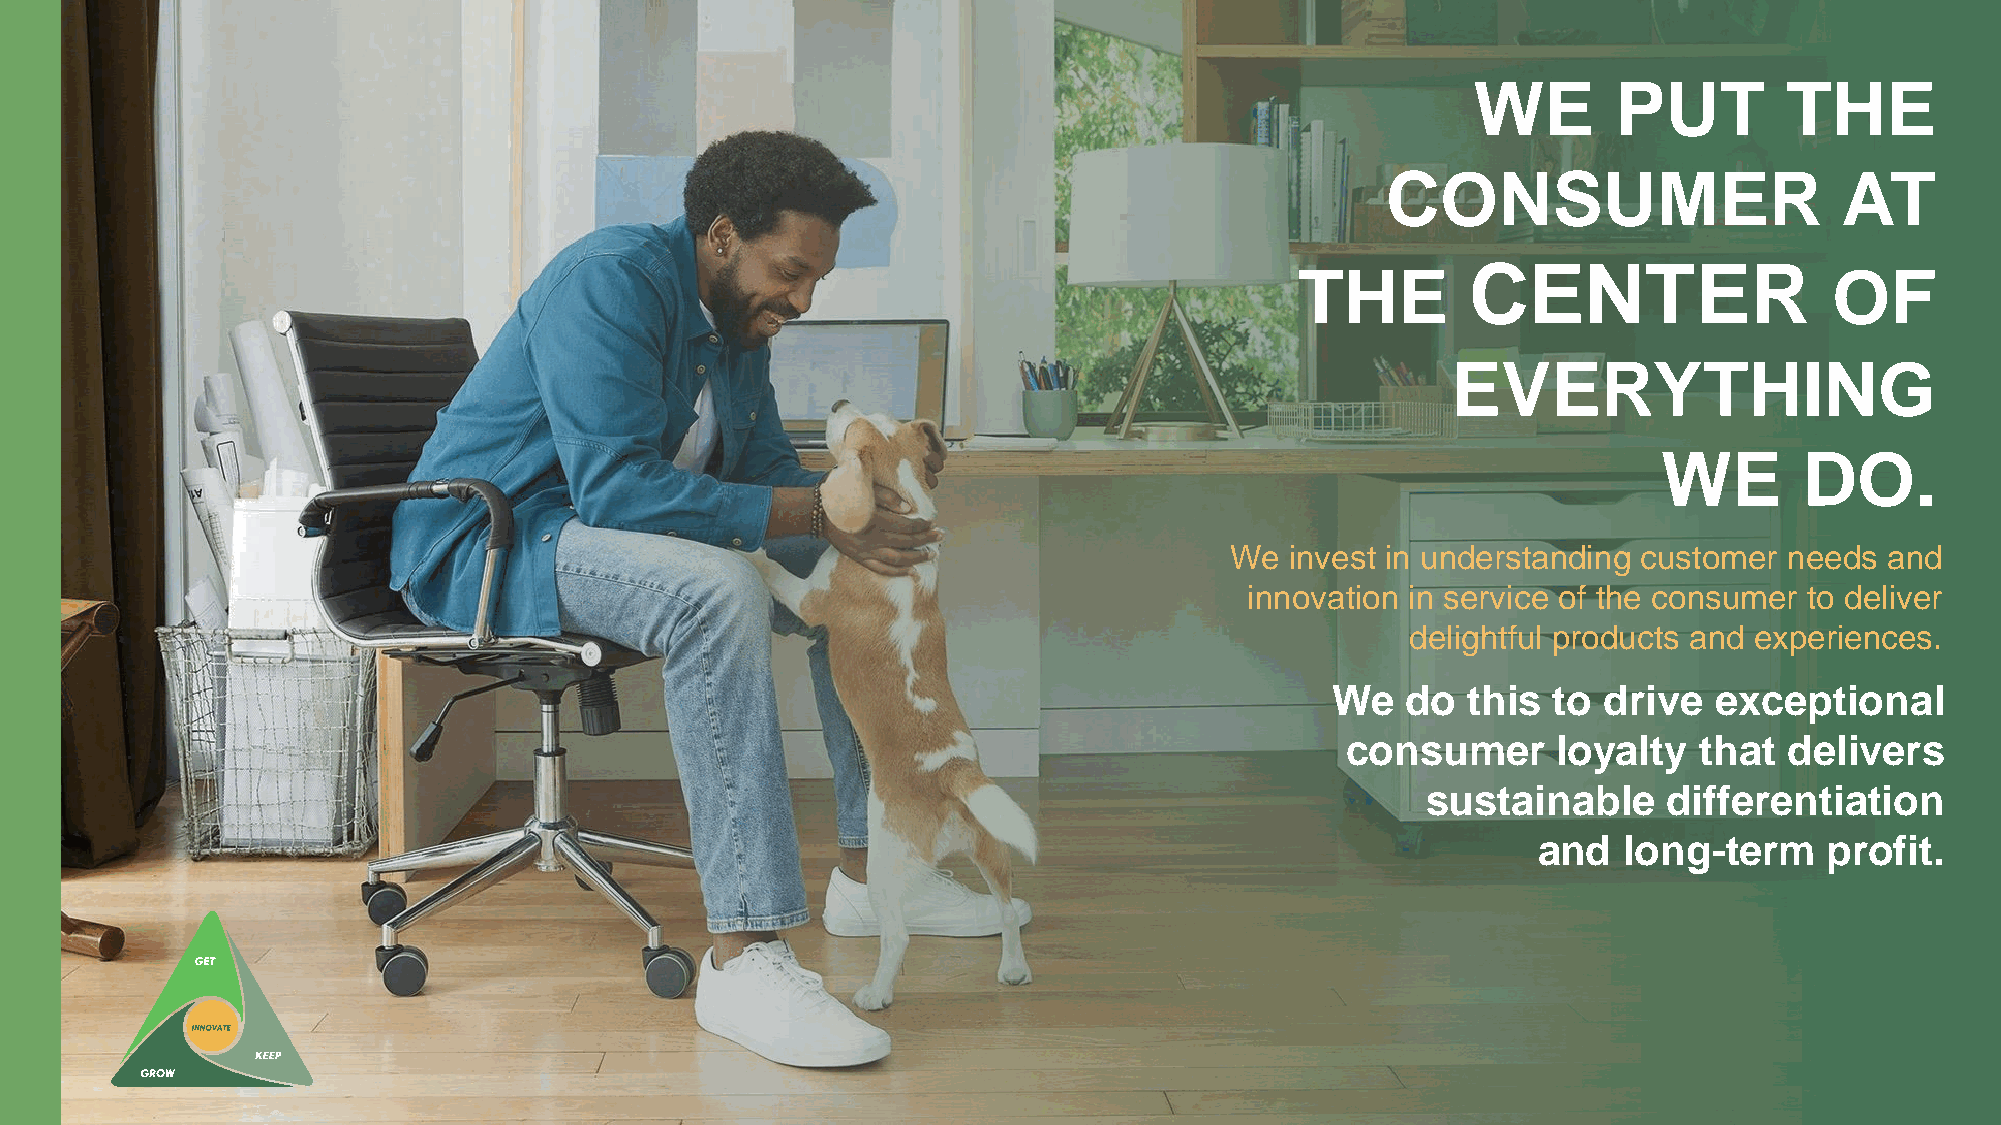
WE        PUT        THE
 CONSUMER                      AT
 CENTER
 THE                                OF
 We  invest in undersEtanVdinEg cRustYomTer HneeIdNs G
 and innovate   in service of the consumer   to
 deliver delightful products and  exWperiEenc eDs. O.
 We   do   this   to  drive    exceptional
 We  invest in understanding customer needs  and
 consumer        loyalty     that   delivers
 innovation in service of the consumer to deliver
 sustainable       ddeliifgfhetfurle pnrodtiuacttsi aonnd experiences.
 and   longW-tee  rdmo tphriso tfoit .drive exceptional
 consumer      loyalty  that  delivers
 sustainable     differentiation
 and  long-term     profit.